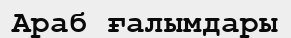
Араб ғалымдары